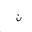
Letter: _non